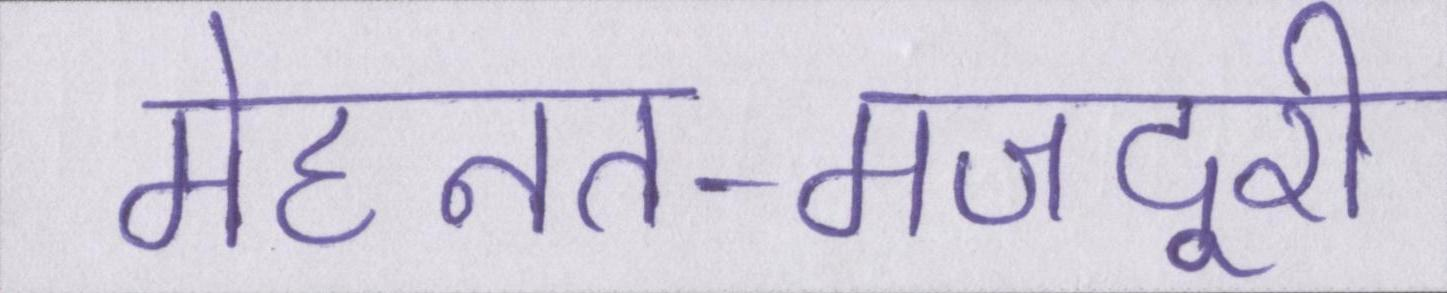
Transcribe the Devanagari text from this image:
मेहनत-मजदूरी